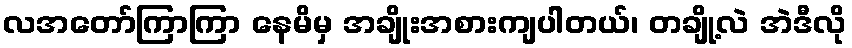
လအတော်ကြာကြာ နေမိမှ အချိုးအစားကျပါတယ်၊ တချို့လဲ အဲဒီလို